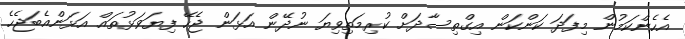
އެހެންކަމުން މިފަދަ ކަންކަން އިގްތިސާދަށް ކުރިމަތިވިޔަ ނުދޭން އަޅަން ޖެހޭ ފިޔަވަޅުތައް އަޅަންއެބަޖެހެ